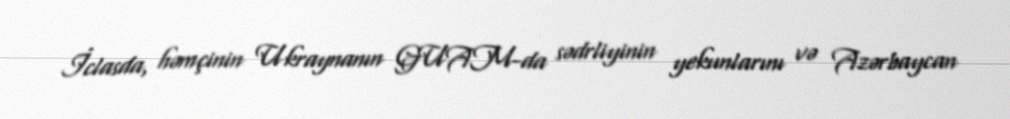
İclasda, həmçinin Ukraynanın GUAM-da sədrliyinin yekunlarını və Azərbaycan